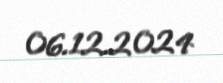
06.12.2024